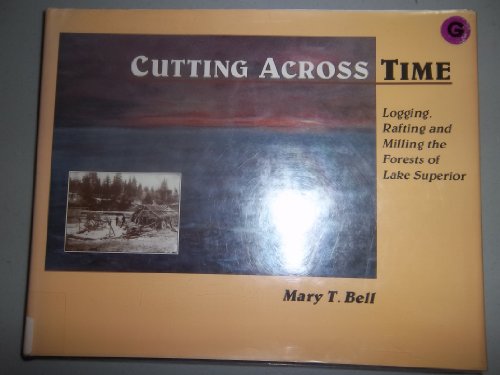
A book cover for Cutting across time: Logging, rafting, and milling the forests of Lake Superior; Mary Bell; Sports & Outdoors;